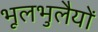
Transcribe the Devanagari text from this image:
भूलभुलैयों